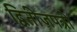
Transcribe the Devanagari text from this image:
द्वितीजपत्री